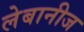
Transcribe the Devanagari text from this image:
लेबानीज